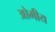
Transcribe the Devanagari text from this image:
ओमीय